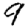
Digit: 9